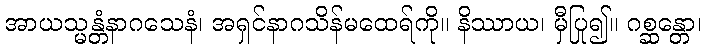
အာယသ္မန္တံနာဂသေနံ၊ အရှင်နာဂသိန်မထေရ်ကို။ နိဿာယ၊ မှီပြု၍။ ဂစ္ဆန္တော၊